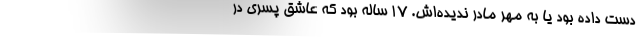
دست داده بود یا به مهر مادر ندیده‌اش. 17 ساله بود که عاشق پسری در